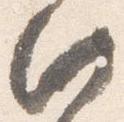
此